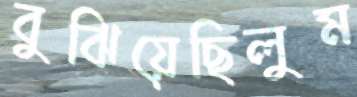
বুঝিয়েছিলুম